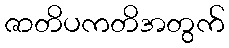
ဇာတိပကတိအတွက်